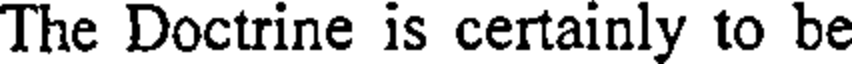
The Doctrine is certainly to be